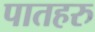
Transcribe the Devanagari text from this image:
पातहरु